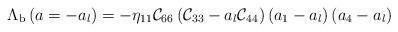
LaTeX: \begin{align*}\Lambda_{{\rm b}}\left(a=-a_l\right)=-\eta_{11}{\cal C}_{66}\left({\cal C}_{33}-a_l{\cal C}_{44}\right)\left(a_1-a_l\right)\left(a_4-a_l\right)\end{align*}